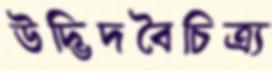
উদ্ভিদবৈচিত্র্য